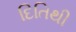
દિતિથી